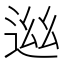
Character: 𨓁